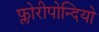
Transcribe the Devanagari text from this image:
फ्लोरीपोन्दियो